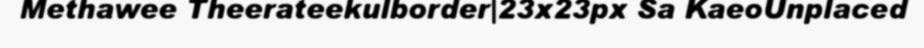
Methawee Theerateekulborder|23x23px Sa KaeoUnplaced